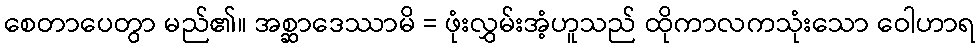
စေတာပေတွာ မည်၏။ အစ္ဆာဒေဿာမိ = ဖုံးလွှမ်းအံ့ဟူသည် ထိုကာလကသုံးသော ဝေါဟာရ